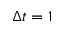
\Delta t = 1